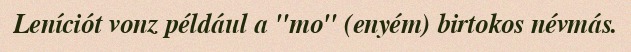
Leníciót vonz például a "mo" (enyém) birtokos névmás.